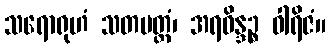
သရောရုဟံ သတပတ္တံ၊ အရဝိန္ဒဉ္စ ဝါရိဇံ။